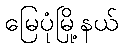
မြေပုံမြို့နယ်